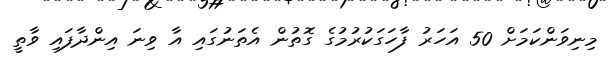
މިނިވަންކަމަށް 50 އަހަރު ފާހަގަކުރުމުގެ ގޮތުން އެތަނުގައި އާ ވިނަ އިންދާފައި ވާތީ